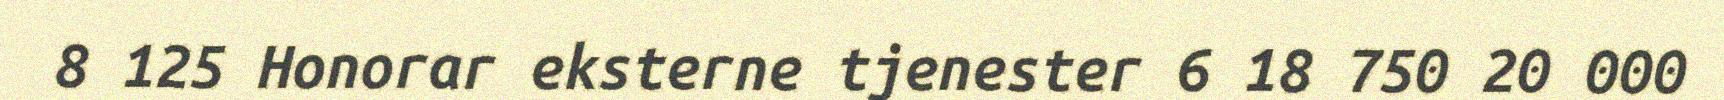
8 125 Honorar eksterne tjenester 6 18 750 20 000